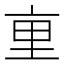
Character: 𫟯